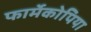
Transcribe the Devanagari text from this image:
फार्मेकोपिया